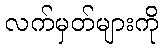
လက်မှတ်များကို